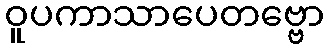
ဝူပကာသာပေတဗ္ဗော